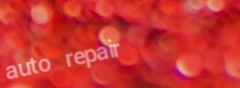
auto repair